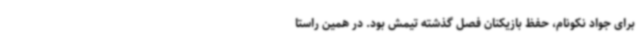
برای جواد نکونام، حفظ بازیکنان فصل گذشته تیمش بود. در همین راستا